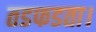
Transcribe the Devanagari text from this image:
तडफडता।